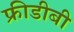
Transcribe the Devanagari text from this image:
फ्रीडीबी